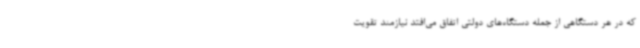
که در هر دستگاهی از جمله دستگاه‌های دولتی اتفاق می‌افتد نیازمند تقویت